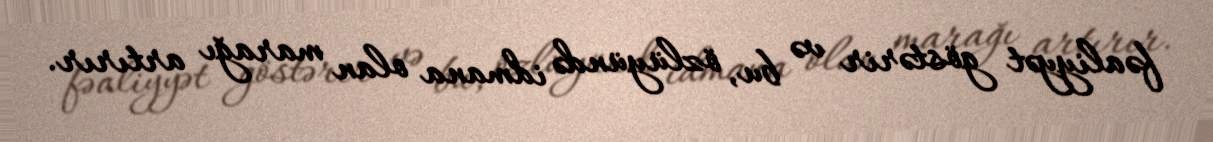
fəaliyyət göstərir və bu, özlüyündə idmana olan marağı artırır.